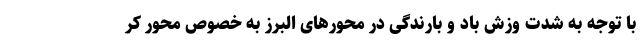
با توجه به شدت وزش باد و بارندگی در محورهای البرز به خصوص محور کر